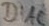
Text: DIAC